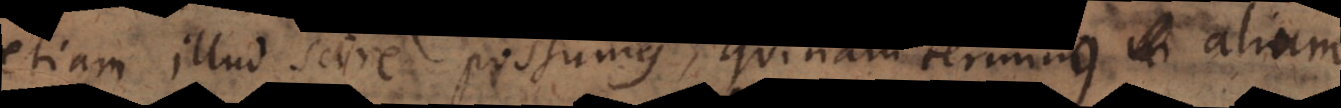
tiam illud scire possumus, quinam termini in